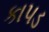
કાપડ